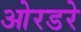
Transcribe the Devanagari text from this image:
ओरडरे